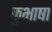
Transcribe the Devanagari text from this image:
कुभाषा